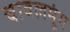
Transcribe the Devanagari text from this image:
चावलमूंग